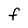
Character: F